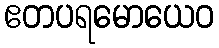
ဧတပရမောယေဝ